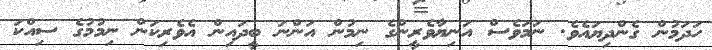
ހަދަމުން ގެންދިޔައެވެ. ނަމަވެސް އަނިޔާވެރީންގެ ނިމުން އަންނަ ބީދައިން އެވެރިކަން ނިމުމުގެ ސިއްކަ